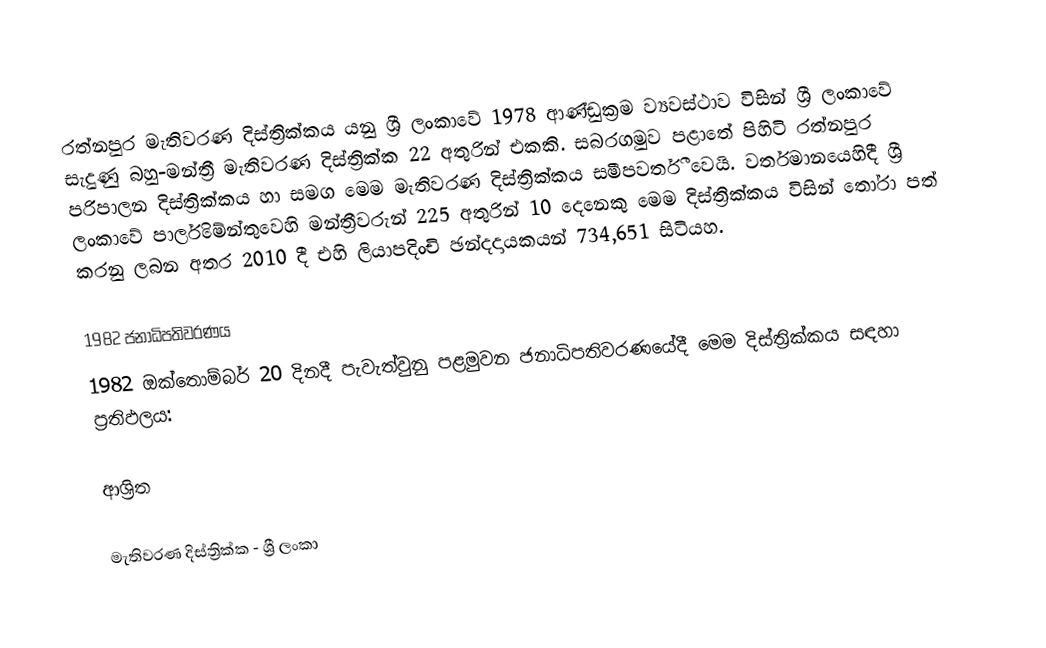
රත්නපුර මැතිවරණ දිස්ත්‍රික්කය යනු ශ්‍රී ලංකාවේ 1978 ආණ්ඩුක්‍රම ව්‍යවස්ථාව විසින් ශ්‍රී ලංකාවේ සැදුණු  බහු-මන්ත්‍රී මැතිවරණ දිස්ත්‍රික්ක 22 අතුරින් එකකි. සබරගමුව පළාතේ පිහිටි  රත්නපුර පරිපාලන දිස්ත්‍රික්කය හා සමග මෙම මැතිවරණ දිස්ත්‍රික්කය සමීපවර්තී වෙයි. වර්තමානයෙහිදී  ශ්‍රී ලංකාවේ පාර්ලිමේන්තුවෙහි මන්ත්‍රීවරුන් 225 අතුරින් 10 දෙනෙකු මෙම දිස්ත්‍රික්කය විසින් තෝරා පත් කරනු ලබන අතර 2010 දී එහි ලියාපදිංචි ඡන්දදායකයන් 734,651 සිටියහ.

1982 ජනාධිපතිවරණය
1982 ඔක්තොම්බර් 20 දිනදී පැවැත්වුනු පළමුවන ජනාධිපතිවරණයේදී මෙම දිස්ත්‍රික්කය සඳහා ප්‍රතිඵලය:

ආශ්‍රිත

මැතිවරණ දිස්ත්‍රික්ක - ශ්‍රී ලංකා